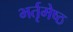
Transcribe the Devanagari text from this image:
भर्तृमेष्ठ